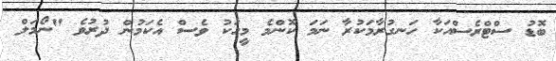
ބޮޑު ސްޓްރެސްއަކާ ހަނގުރާމަކުރާ ނަމަ ކޮންމެ މީހަކު ވެސް އެކަމުން ދުރުވެ "ނޯމަލް